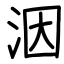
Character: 洇